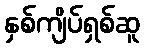
နှစ်ကျိပ်ရှစ်ဆူ